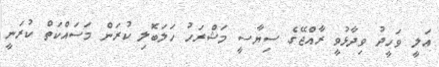
އަލީ ވަހީދު ވިދާޅުވީ ރާއްޖޭގެ ސިޔާސީ މަޝްރަހު ހަލަބޮލި ކުރަން މަސައްކަތް ކުރަނީ